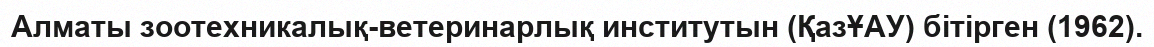
Алматы зоотехникалық-ветеринарлық институтын (ҚазҰАУ) бітірген (1962).